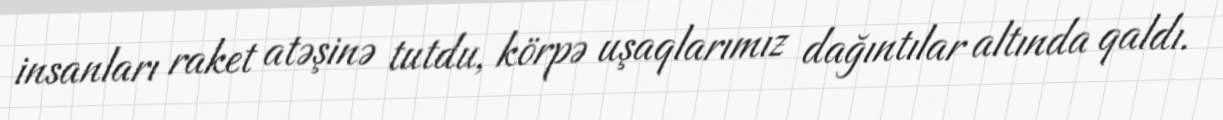
insanları raket atəşinə tutdu, körpə uşaqlarımız dağıntılar altında qaldı.